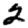
Digit: 2